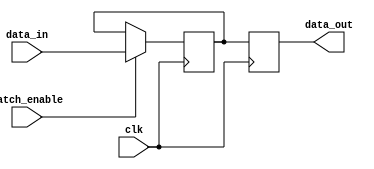
module sequential_logic_block (
    input wire data_in,
    input wire latch_enable,
    input wire clk,
    output reg data_out
);

reg internal_data;

always @(posedge clk) begin
    if(latch_enable) begin
        internal_data <= data_in;
    end
end

always @(posedge clk) begin
    data_out <= internal_data;
end

endmodule